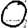
Digit: 0